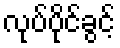
လုပ်ပိုင်ခွင့်